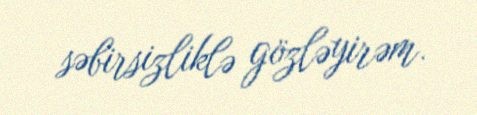
səbirsizliklə gözləyirəm.